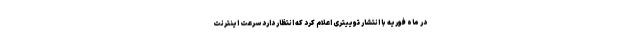
در ماه فوریه با انتشار توییتری اعلام کرد که انتظار دارد سرعت اینترنت